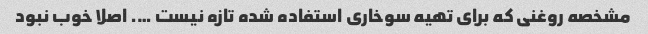
مشخصه روغنی که برای تهیه سوخاری استفاده شده تازه نیست …. اصلا خوب نبود